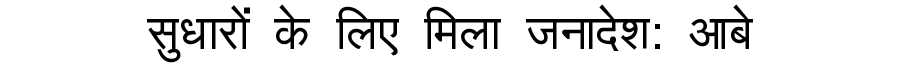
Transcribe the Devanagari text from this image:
सुधारों के लिए मिला जनादेश: आबे